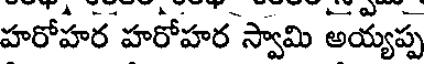
హరోహర హరోహర స్వామి అయ్యప్ప